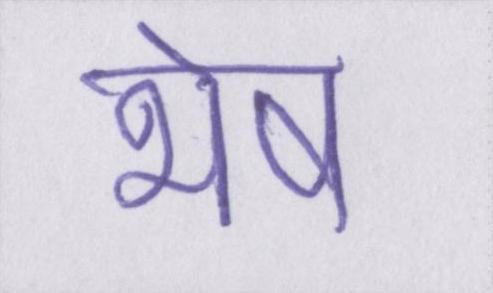
भेष